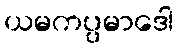
ယမကပ္ပမာဒေါ